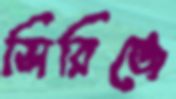
সিরিঞ্জে